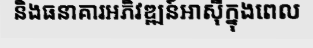
និងធនាគារអភិវឌ្ឍន៍អាស៊ីក្នុងពេល